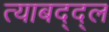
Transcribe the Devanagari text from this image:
त्याबद्द्ल